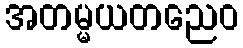
အတမ္မယတညေဝ